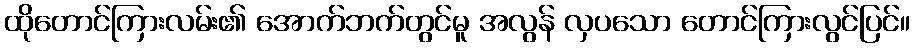
ထိုတောင်ကြားလမ်း၏ အောက်ဘက်တွင်မူ အလွန် လှပသော တောင်ကြားလွင်ပြင်။